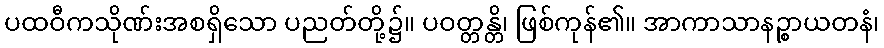
ပထဝီကသိုဏ်းအစရှိသော ပညတ်တို့၌။ ပဝတ္တန္တိ၊ ဖြစ်ကုန်၏။ အာကာသာနဉ္စာယတနံ၊